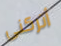
أتركنى